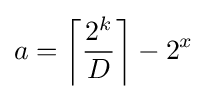
a=\left\lceil {\frac {2^{k}}{D}}\right\rceil -2^{x}